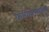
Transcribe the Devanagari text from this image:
कवितासंग्रहही